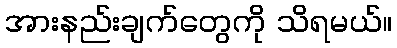
အားနည်းချက်တွေကို သိရမယ်။